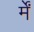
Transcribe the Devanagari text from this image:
र्में